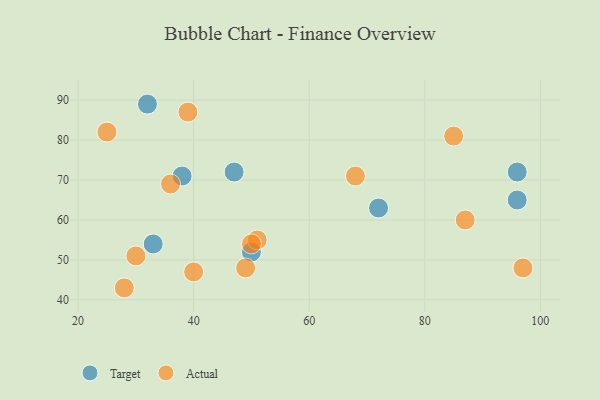
{"axis": {"x": "GDP", "y": "Life Expectancy"}, "legend": ["Actual", "Target"], "data": [{"x": "50", "y": 52, "type": "Target"}, {"x": "33", "y": 54, "type": "Target"}, {"x": "72", "y": 63, "type": "Target"}, {"x": "96", "y": 65, "type": "Target"}, {"x": "96", "y": 72, "type": "Target"}, {"x": "32", "y": 89, "type": "Target"}, {"x": "38", "y": 71, "type": "Target"}, {"x": "47", "y": 72, "type": "Target"}, {"x": "51", "y": 55, "type": "Actual"}, {"x": "49", "y": 48, "type": "Actual"}, {"x": "40", "y": 47, "type": "Actual"}, {"x": "39", "y": 87, "type": "Actual"}, {"x": "87", "y": 60, "type": "Actual"}, {"x": "50", "y": 54, "type": "Actual"}, {"x": "28", "y": 43, "type": "Actual"}, {"x": "30", "y": 51, "type": "Actual"}, {"x": "36", "y": 69, "type": "Actual"}, {"x": "85", "y": 81, "type": "Actual"}, {"x": "68", "y": 71, "type": "Actual"}, {"x": "25", "y": 82, "type": "Actual"}, {"x": "97", "y": 48, "type": "Actual"}]}